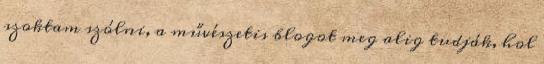
szoktam szólni, a művészetis blogot meg alig tudják, hol